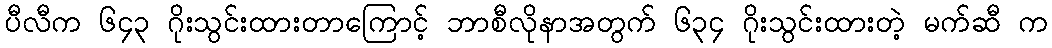
ပီလီက ၆၄၃ ဂိုးသွင်းထားတာကြောင့် ဘာစီလိုနာအတွက် ၆၃၄ ဂိုးသွင်းထားတဲ့ မက်ဆီ က